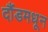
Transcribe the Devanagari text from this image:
दौंडमधून